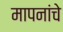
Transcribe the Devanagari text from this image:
मापनांचे